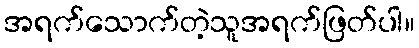
အရက်သောက်တဲ့သူအရက်ဖြတ်ပါ။